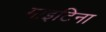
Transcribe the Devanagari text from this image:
माइटिना